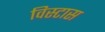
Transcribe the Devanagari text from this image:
विस्टास